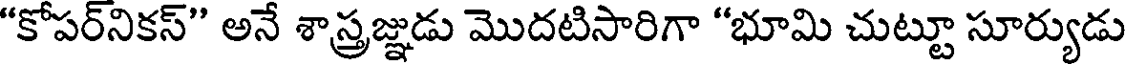
"కోపర్నికస్" అనే శాస్త్రజ్ఞుడు మొదటిసారిగా "భూమి చుట్టూ సూర్యుడు